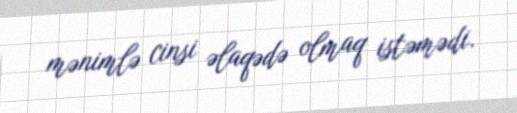
mənimlə cinsi əlaqədə olmaq istəmədi.